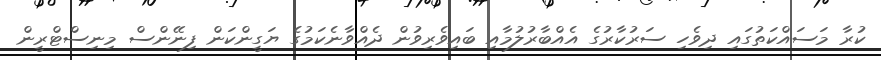
ކުރާ މަސައްކަތުގައި ދިވެހި ސަރުކާރުގެ އެއްބާރުލުމާއި ބައިވެރިވުން ދެއްވާނެކަމުގެ ޔަގީންކަން ފިނޭންސް މިނިސްޓްރީން